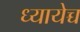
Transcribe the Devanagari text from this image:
ध्यायेच्च